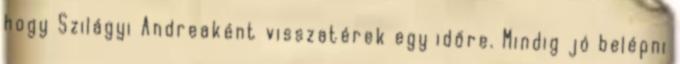
hogy Szilágyi Andreaként visszatérek egy időre. Mindig jó belépni